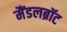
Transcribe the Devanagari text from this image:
मैंडलब्रॉट